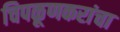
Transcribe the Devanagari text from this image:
चिपळूणकरांचा